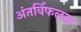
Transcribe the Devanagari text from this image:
अंतर्विफलता